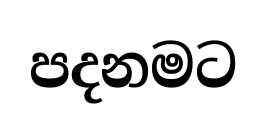
පදනමට